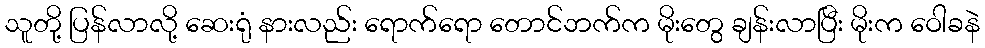
သူတို့ ပြန်လာလို့ ဆေးရုံ နားလည်း ရောက်ရော တောင်ဘက်က မိုးတွေ ချန်းလာပြီး မိုးက ဝေါခနဲ